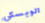
الويسكي